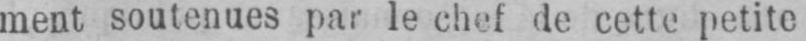
ment soutenues par le chef de cette petite